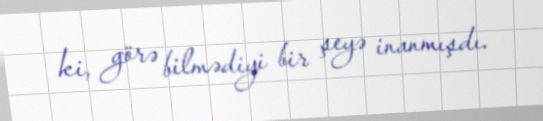
ki, görə bilmədiyi bir şeyə inanmışdı.